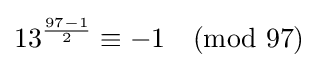
13^{\frac {97-1}{2}}\equiv -1{\pmod {97}}